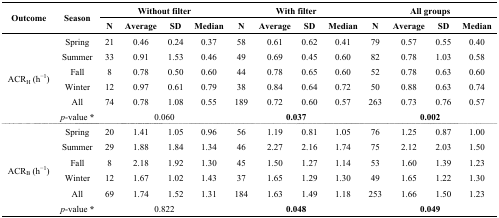
<table><thead><tr><td rowspan="2"><b>Outcome</b></td><td rowspan="2"><b>Season</b></td><td colspan="4"><b>Without filter</b></td><td colspan="4"><b>With filter</b></td><td colspan="4"><b>All groups</b></td></tr><tr><td><b>N</b></td><td><b>Average</b></td><td><b>SD</b></td><td><b>Median</b></td><td><b>N</b></td><td><b>Average</b></td><td><b>SD</b></td><td><b>Median</b></td><td><b>N</b></td><td><b>Average</b></td><td><b>SD</b></td><td><b>Median</b></td></tr></thead><tbody><tr><td rowspan="6">ACR<sub>H</sub> (h<sup>−1</sup>)</td><td>Spring</td><td>21</td><td>0.46</td><td>0.24</td><td>0.37</td><td>58</td><td>0.61</td><td>0.62</td><td>0.41</td><td>79</td><td>0.57</td><td>0.55</td><td>0.40</td></tr><tr><td>Summer</td><td>33</td><td>0.91</td><td>1.53</td><td>0.46</td><td>49</td><td>0.69</td><td>0.45</td><td>0.60</td><td>82</td><td>0.78</td><td>1.03</td><td>0.58</td></tr><tr><td>Fall</td><td>8</td><td>0.78</td><td>0.50</td><td>0.60</td><td>44</td><td>0.78</td><td>0.65</td><td>0.60</td><td>52</td><td>0.78</td><td>0.63</td><td>0.60</td></tr><tr><td>Winter</td><td>12</td><td>0.97</td><td>0.61</td><td>0.79</td><td>38</td><td>0.84</td><td>0.64</td><td>0.72</td><td>50</td><td>0.88</td><td>0.63</td><td>0.74</td></tr><tr><td>All</td><td>74</td><td>0.78</td><td>1.08</td><td>0.55</td><td>189</td><td>0.72</td><td>0.60</td><td>0.57</td><td>263</td><td>0.73</td><td>0.76</td><td>0.57</td></tr><tr><td><i>p</i>-value *</td><td colspan="4">0.060</td><td colspan="4"><b>0.037</b></td><td colspan="4"><b>0.002</b></td></tr><tr><td rowspan="6">ACR<sub>B</sub> (h<sup>−1</sup>)</td><td>Spring</td><td>20</td><td>1.41</td><td>1.05</td><td>0.96</td><td>56</td><td>1.19</td><td>0.81</td><td>1.05</td><td>76</td><td>1.25</td><td>0.87</td><td>1.00</td></tr><tr><td>Summer</td><td>29</td><td>1.88</td><td>1.84</td><td>1.34</td><td>46</td><td>2.27</td><td>2.16</td><td>1.74</td><td>75</td><td>2.12</td><td>2.03</td><td>1.50</td></tr><tr><td>Fall</td><td>8</td><td>2.18</td><td>1.92</td><td>1.30</td><td>45</td><td>1.50</td><td>1.27</td><td>1.14</td><td>53</td><td>1.60</td><td>1.39</td><td>1.23</td></tr><tr><td>Winter</td><td>12</td><td>1.67</td><td>1.02</td><td>1.43</td><td>37</td><td>1.65</td><td>1.29</td><td>1.30</td><td>49</td><td>1.65</td><td>1.22</td><td>1.30</td></tr><tr><td>All</td><td>69</td><td>1.74</td><td>1.52</td><td>1.31</td><td>184</td><td>1.63</td><td>1.49</td><td>1.18</td><td>253</td><td>1.66</td><td>1.50</td><td>1.23</td></tr><tr><td><i>p</i>-value *</td><td colspan="4">0.822</td><td colspan="4"><b>0.048</b></td><td colspan="4"><b>0.049</b></td></tr></tbody></table>